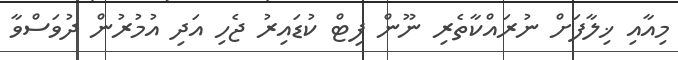
މިއާއި ޚިލާފަށް ނުރައްކާތެރި ނޫން ފިޓް ކުޑައިރު ޖެހި އަދި އުމުރުން ދުވަސްވާ